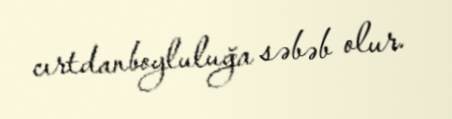
cırtdanboyluluğa səbəb olur.